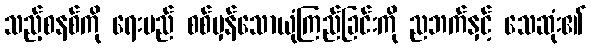
သည့်စနစ်ကို ရေးမည် စစ်မှန်သောယုံကြည်ခြင်းကို ညဘက်နှင့် သေဆုံး၏